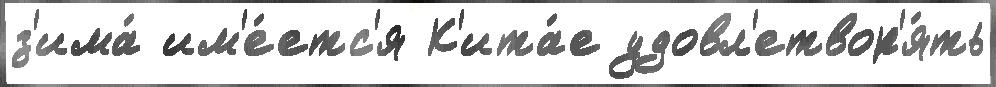
з'има́ им'е́етс'я К'ита́е удовл'етвор'я́ть